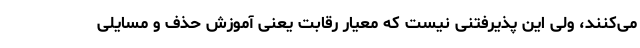
می‌کنند، ولی این پذیرفتنی نیست که معیار رقابت یعنی آموزش حذف و مسایلی